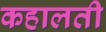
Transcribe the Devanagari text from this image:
कहालती